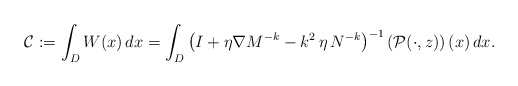
\begin{align*}\mathcal{C} := \int_{D} W(x) \, dx = \int_{D} \left(I + \eta \nabla M^{-k} - k^{2} \, \eta \, N^{-k} \right)^{-1}\left( \mathcal{P}(\cdot,z)\right)(x) \, dx.\end{align*}